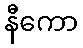
နီကော